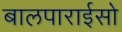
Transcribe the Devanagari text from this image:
बालपाराईसो